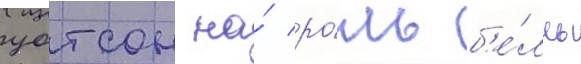
уотсон на́ ро́ль б'е́лль